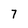
Character: 7